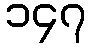
၁၄၇